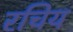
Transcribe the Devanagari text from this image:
रचिय